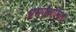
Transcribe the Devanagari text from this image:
भ्रमणशीलता